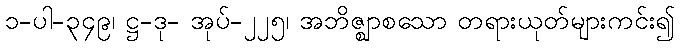
၁-ပါ-၃၄၉၊ ဋ္ဌ-ဒု- အုပ်-၂၂၅၊ အဘိဇ္ဈာစသော တရားယုတ်များကင်း၍